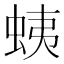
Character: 蛦